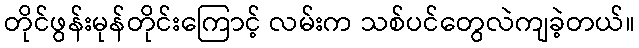
တိုင်ဖွန်းမုန်တိုင်းကြောင့် လမ်းက သစ်ပင်တွေလဲကျခဲ့တယ်။